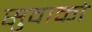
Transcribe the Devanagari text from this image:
सुवाको